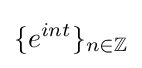
\{e^{int}\}_{n\in \mathbb {Z} }